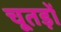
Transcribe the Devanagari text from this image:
चूतड़ों